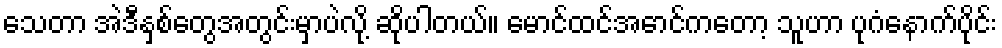
သေတာ အဲဒီနှစ်တွေအတွင်းမှာပဲလို့ ဆိုပါတယ်။ မောင်ထင်အောင်ကတော့ သူဟာ ပုဂံနောက်ပိုင်း